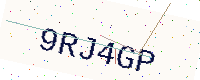
Text: 9RJ4GP